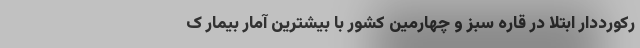
رکورددار ابتلا در قاره سبز و چهارمین کشور با بیشترین آمار بیمار ک